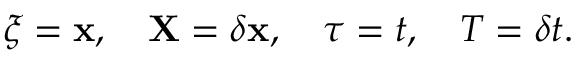
\boldsymbol { \xi } = \mathbf { x } , \quad \mathbf { X } = \delta \mathbf { x } , \quad \tau = t , \quad T = \delta t .